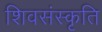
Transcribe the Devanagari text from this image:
शिवसंस्कृति